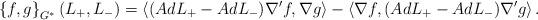
LaTeX: \begin{align*}\left\{ f ,g \right\} _{G^*} (L_+,L_-) =\left\langle (AdL_{+} -AdL_{-})\nabla^{\prime} f,\nabla g \right\rangle-\left\langle \nabla f ,(AdL_{+}-AdL_{-}) \nabla^{\prime} g \right\rangle .\end{align*}